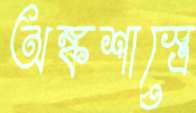
অঙ্কশাস্ত্রে